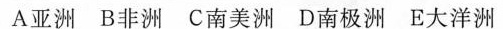
A亚洲 B非洲 C南美洲 D南极洲 E大洋洲